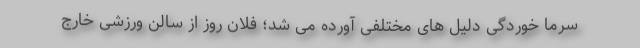
سرما خوردگی دلیل های مختلفی آورده می شد؛ فلان روز از سالن ورزشی خارج